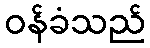
ဝန်ခံသည်